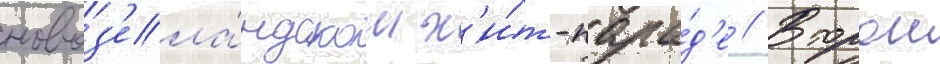
новоз'ела́ндском х'и́т-пара́д'е // Второи